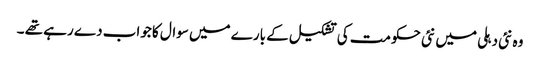
وہ نئی دہلی میں نئی حکومت کی تشکیل کے بارے میں سوال کا جواب دے رہے تھے ۔